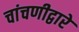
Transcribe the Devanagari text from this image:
चांचणीद्वारे